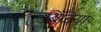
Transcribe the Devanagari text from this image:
बिँदिया